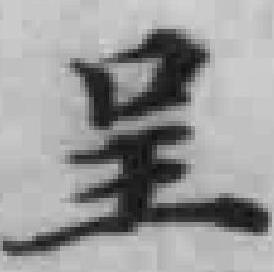
呈